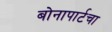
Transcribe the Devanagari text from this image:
बोनापार्टचा